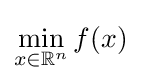
\min _{x\in \mathbb {R} ^{n}}f(x)